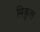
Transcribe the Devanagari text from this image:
मिकुल